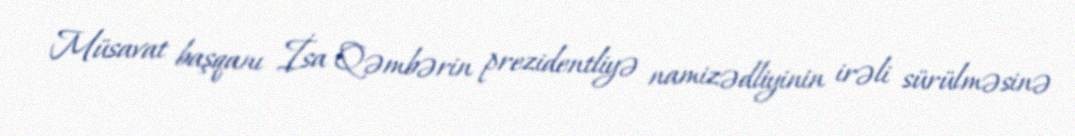
Müsavat başqanı İsa Qəmbərin prezidentliyə namizədliyinin irəli sürülməsinə